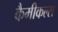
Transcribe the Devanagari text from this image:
कैमीकल्स